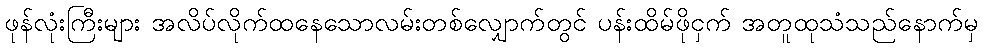
ဖုန်လုံးကြီးများ အလိပ်လိုက်ထနေသောလမ်းတစ်လျှောက်တွင် ပန်းထိမ်ဖိုငှက် အတူထုသံသည်နောက်မှ